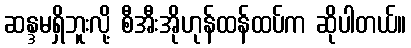
ဆန္ဒမရှိဘူးလို့ စီအီးအိုဟုန်ထန်ထပ်က ဆိုပါတယ်။